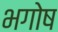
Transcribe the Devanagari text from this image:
भगोष